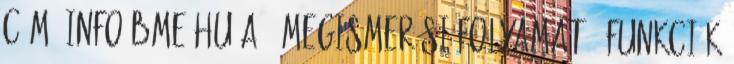
cím: info bme.hu A 8 megismerési folyamat - Funkciók